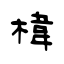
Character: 椲